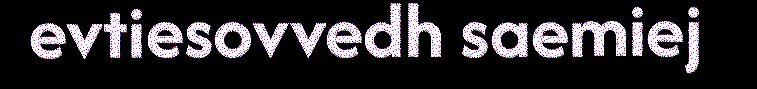
evtiesovvedh saemiej